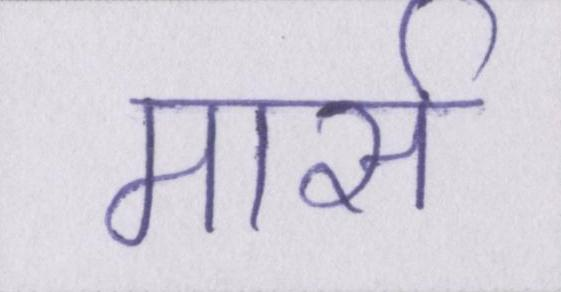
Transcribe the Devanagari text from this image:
मार्स